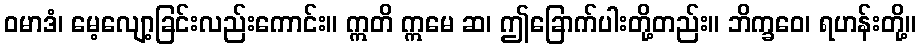
ဝမာဒံ၊ မေ့လျော့ခြင်းလည်းကောင်း။ ဣတိ ဣမေ ဆ၊ ဤခြောက်ပါးတို့တည်း။ ဘိက္ခဝေ၊ ရဟန်းတို့။